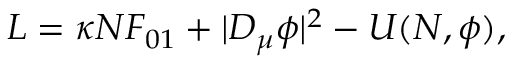
{ \cal L } = \kappa N F _ { 0 1 } + | D _ { \mu } \phi | ^ { 2 } - U ( N , \phi ) ,